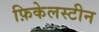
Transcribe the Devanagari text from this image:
फ़िकेलस्टीन